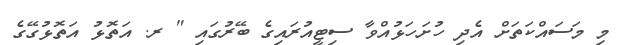
މި މަސައްކަތަށް އެދި ހުށަހަޅުއްވާ ސިޓީއުރައިގެ ބޭރުގައި " ރ. އަތޮޅު އަތޮޅުގޭގެ